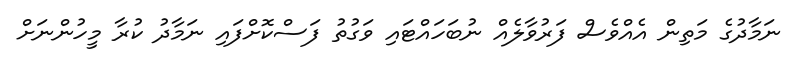
ނަމާދުގެ މަތިން އެއްވެސް ފަރުވާލެއް ނުބަހައްޓައި ވަގުތު ފަސްކޮށްފައި ނަމާދު ކުރާ މީހުންނަށް